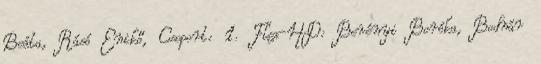
Beáta, Rásó Enikő, Csoport: 1. Flex-HD: Berényi Boróka, Bodnár